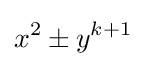
x^{2}\pm y^{k+1}